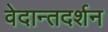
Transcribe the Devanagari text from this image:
वेदान्तदर्शन